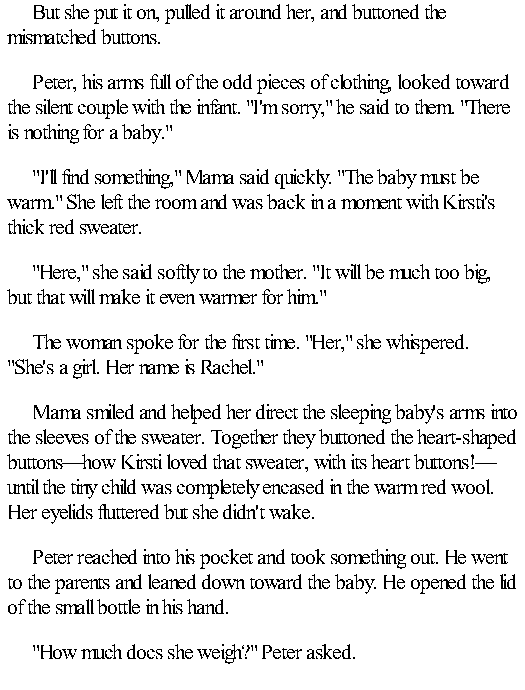
But she put it on, pulled it around her, and buttoned the
 mismatched buttons.
 Peter, his arms full of the odd pieces of clothing, looked toward
 the silent couple with the infant. "I'm sorry," he said to them. "There
 is nothing for a baby."
 "I'll find something," Mama said quickly. "The baby must be
 warm." She left the room and was back in a moment with Kirsti's
 thick red sweater.
 "Here," she said softly to the mother. "It will be much too big,
 but that will make it even warmer for him."
 The woman spoke for the first time. "Her," she whispered.
 "She's a girl. Her name is Rachel."
 Mama smiled and helped her direct the sleeping baby's arms into
 the sleeves of the sweater. Together they buttoned the heart-shaped
 buttons—how Kirsti loved that sweater, with its heart buttons!—
 until the tiny child was completely encased in the warm red wool.
 Her eyelids fluttered but she didn't wake.
 Peter reached into his pocket and took something out. He went
 to the parents and leaned down toward the baby. He opened the lid
 of the small bottle in his hand.
 "How much docs she weigh?" Peter asked.